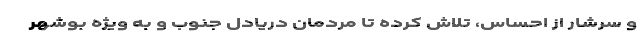
و سرشار از احساس، تلاش کرده تا مردمان دریادل جنوب و به ویژه بوشهر